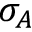
\sigma _ { A }